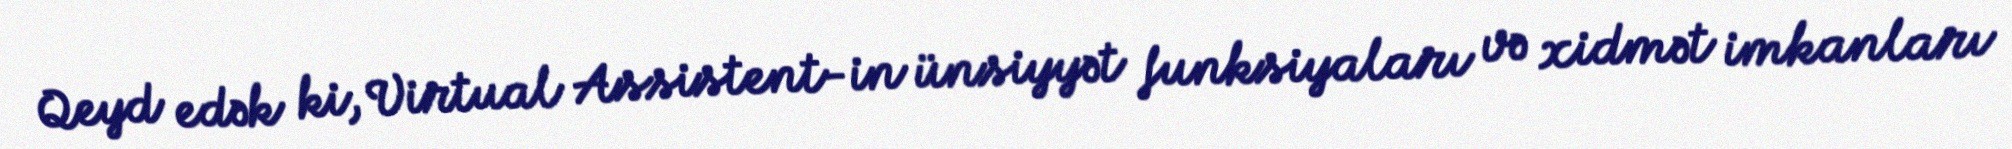
Qeyd edək ki, Virtual Assistent-in ünsiyyət funksiyaları və xidmət imkanları